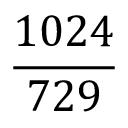
\frac { 1 0 2 4 } { 7 2 9 }